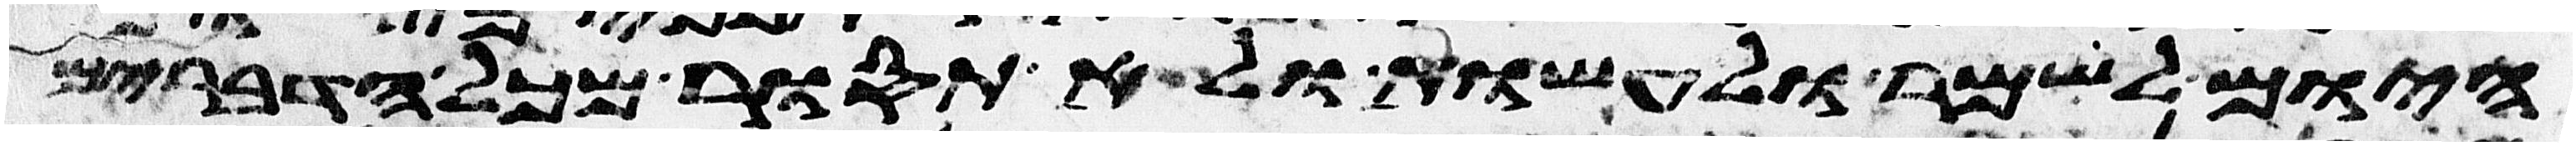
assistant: היום לשמר ולעשות ולא תסור מכל הדברים